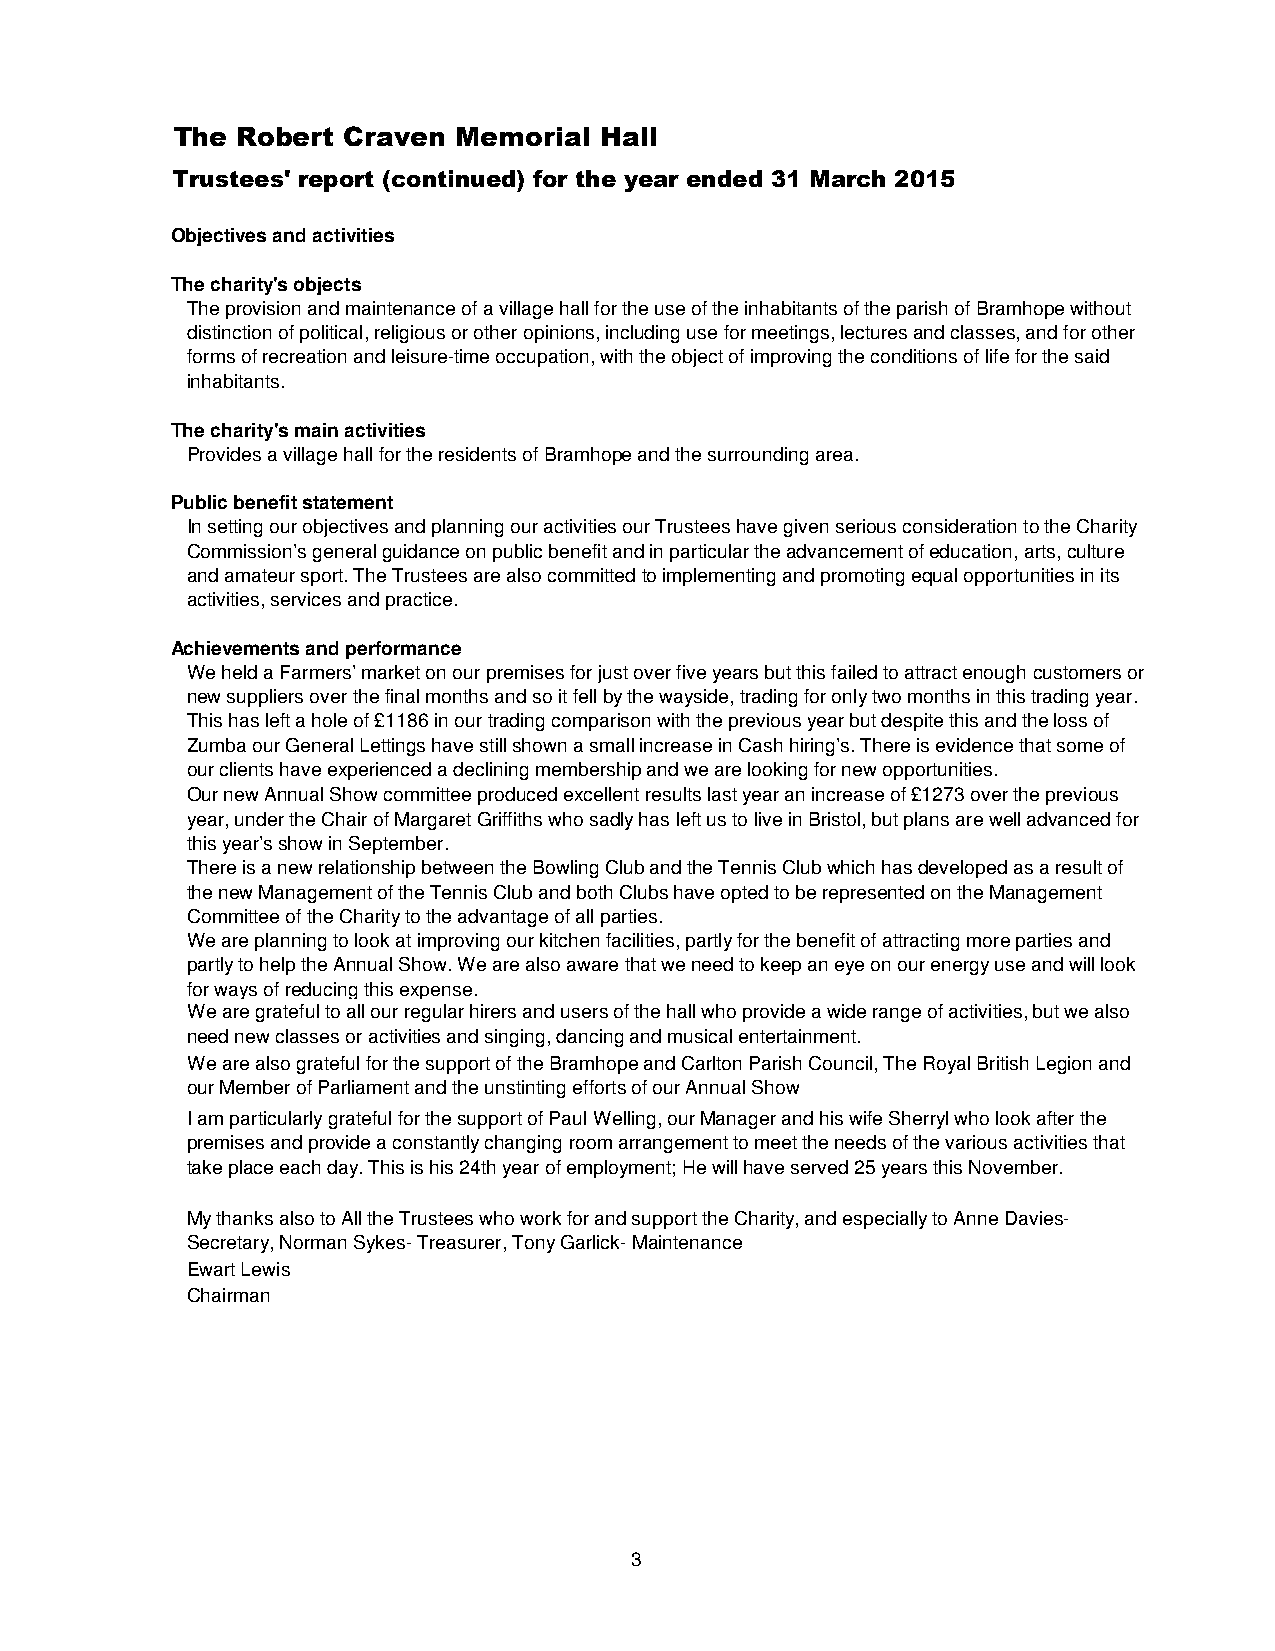
The  Robert Craven Memorial  Hall
 Trustees' report (continued) for the year ended 31 March 2015
 Objectives and activities
 The charity's objects
 The provision and maintenance of a village hall for the use of the inhabitants of the parish of Bramhope without
 distinction of political, religious or other opinions, including use for meetings, lectures and classes, and for other
 forms of recreation and leisure-time occupation, with the object of improving the conditions of life for the said
 inhabitants.
 The charity's main activities
 Provides a village hall for the residents of Bramhope and the surrounding area.
 Public benefit statement
 In setting our objectives and planning our activities our Trustees have given serious consideration to the Charity
 Commission’s general guidance on public benefit and in particular the advancement of education, arts, culture
 and amateur sport. The Trustees are also committed to implementing and promoting equal opportunities in its
 activities, services and practice.
 Achievements and performance
 We held a Farmers’ market on our premises for just over five years but this failed to attract enough customers or
 new suppliers over the final months and so it fell by the wayside, trading for only two months in this trading year.
 This has left a hole of £1186 in our trading comparison with the previous year but despite this and the loss of
 Zumba our General Lettings have still shown a small increase in Cash hiring’s. There is evidence that some of
 our clients have experienced a declining membership and we are looking for new opportunities.
 Our new Annual Show committee produced excellent results last year an increase of £1273 over the previous
 year, under the Chair of Margaret Griffiths who sadly has left us to live in Bristol, but plans are well advanced for
 this year’s show in September.
 There is a new relationship between the Bowling Club and the Tennis Club which has developed as a result of
 the new Management of the Tennis Club and both Clubs have opted to be represented on the Management
 Committee of the Charity to the advantage of all parties.
 We are planning to look at improving our kitchen facilities, partly for the benefit of attracting more parties and
 partly to help the Annual Show. We are also aware that we need to keep an eye on our energy use and will look
 for ways of reducing this expense.
 We are grateful to all our regular hirers and users of the hall who provide a wide range of activities, but we also
 need new classes or activities and singing, dancing and musical entertainment.
 We are also grateful for the support of the Bramhope and Carlton Parish Council, The Royal British Legion and
 our Member of Parliament and the unstinting efforts of our Annual Show
 I am particularly grateful for the support of Paul Welling, our Manager and his wife Sherryl who look after the
 premises and provide a constantly changing room arrangement to meet the needs of the various activities that
 take place each day. This is his 24th year of employment; He will have served 25 years this November.
 My thanks also to All the Trustees who work for and support the Charity, and especially to Anne Davies-
 Secretary, Norman Sykes- Treasurer, Tony Garlick- Maintenance
 Ewart Lewis
 Chairman
 3